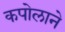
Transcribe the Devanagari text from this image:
कपोलाने